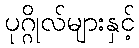
ပုဂ္ဂိုလ်များနှင့်